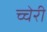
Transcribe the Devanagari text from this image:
च्चेरी